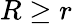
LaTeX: R\geq r